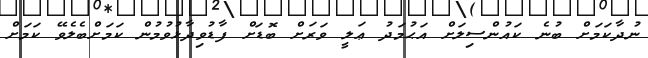
ނުދާކަމަށް ބުނެ ކައުންސިލަށް އަޙުމަދު ޢަލީ ވަރަށް ބޮޑަށް ފާޑުވިދާޅުވުމުން ކަމަށްބެލެވޭ ކަމަށް